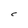
Character: C